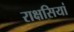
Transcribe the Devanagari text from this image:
राक्षसियां